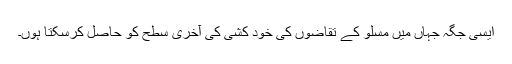
ایسی جگہ جہاں میں مسلو کے تقاضوں کی خود کشی کی آخری سطح کو حاصل کرسکتا ہوں۔